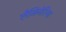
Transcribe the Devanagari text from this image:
लैमिनेरिया